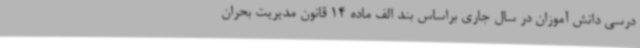
درسی دانش آموزان در سال جاری براساس بند الف ماده 14 قانون مدیریت بحران